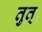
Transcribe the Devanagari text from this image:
तुत्